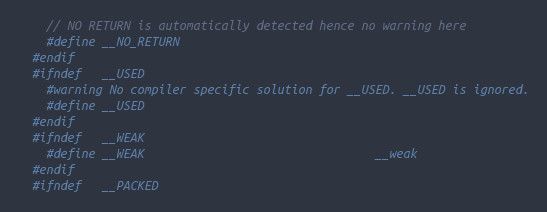
Language: C
    // NO RETURN is automatically detected hence no warning here
    #define __NO_RETURN
  #endif
  #ifndef   __USED
    #warning No compiler specific solution for __USED. __USED is ignored.
    #define __USED
  #endif
  #ifndef   __WEAK
    #define __WEAK                                 __weak
  #endif
  #ifndef   __PACKED